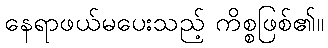
နေရာဖယ်မပေးသည့် ကိစ္စဖြစ်၏။